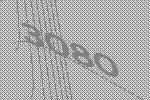
3080